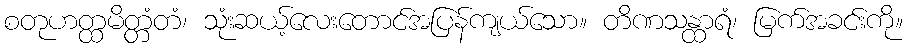
စတုဟတ္ထမိတ္တံတံ၊ သုံးဆယ့်လေးတောင်အပြန်ကျယ်သော။ တိဏသန္ထာရံ၊ မြက်အခင်းကို။